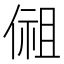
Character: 𰂩